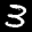
Label: 3